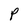
Character: P